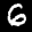
Label: 6